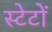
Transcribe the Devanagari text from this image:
स्टेटों